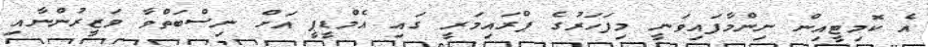
އެ ކޮމިޓީއިން ނިންމާފައިވަނީ މިފަހަރުގެ ޕްރައިމަރީ ގައި އެމްޑީޕީ އަށް ނިސްބަތްވާ ވަޒީރުންނާއި